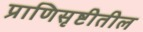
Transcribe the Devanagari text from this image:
प्राणिसृष्टीतील